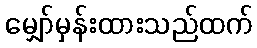
မျှော်မှန်းထားသည်ထက်